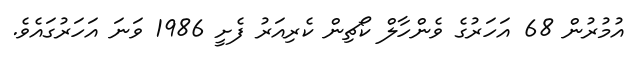
އުމުރުން 68 އަހަރުގެ ވެންހާލް ކޯޗިން ކެރިއަރު ފެށީ 1986 ވަނަ އަހަރުގައެވެ.